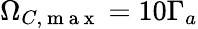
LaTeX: \Omega_{C,\mathrm{~m~a~x~}}=10\Gamma_{a}